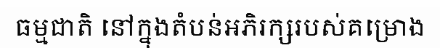
ធម្មជាតិ នៅក្នុងតំបន់អភិរក្សរបស់គម្រោង